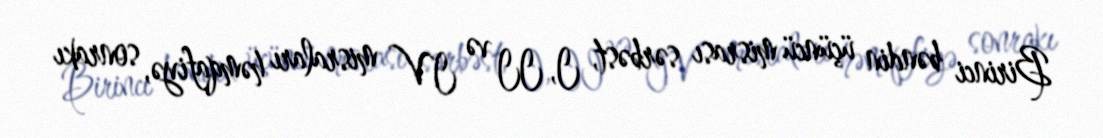
Birinci bəndin üçüncü misrası sərbəst, I, II və IV misraları həmqafiyə, sonrakı